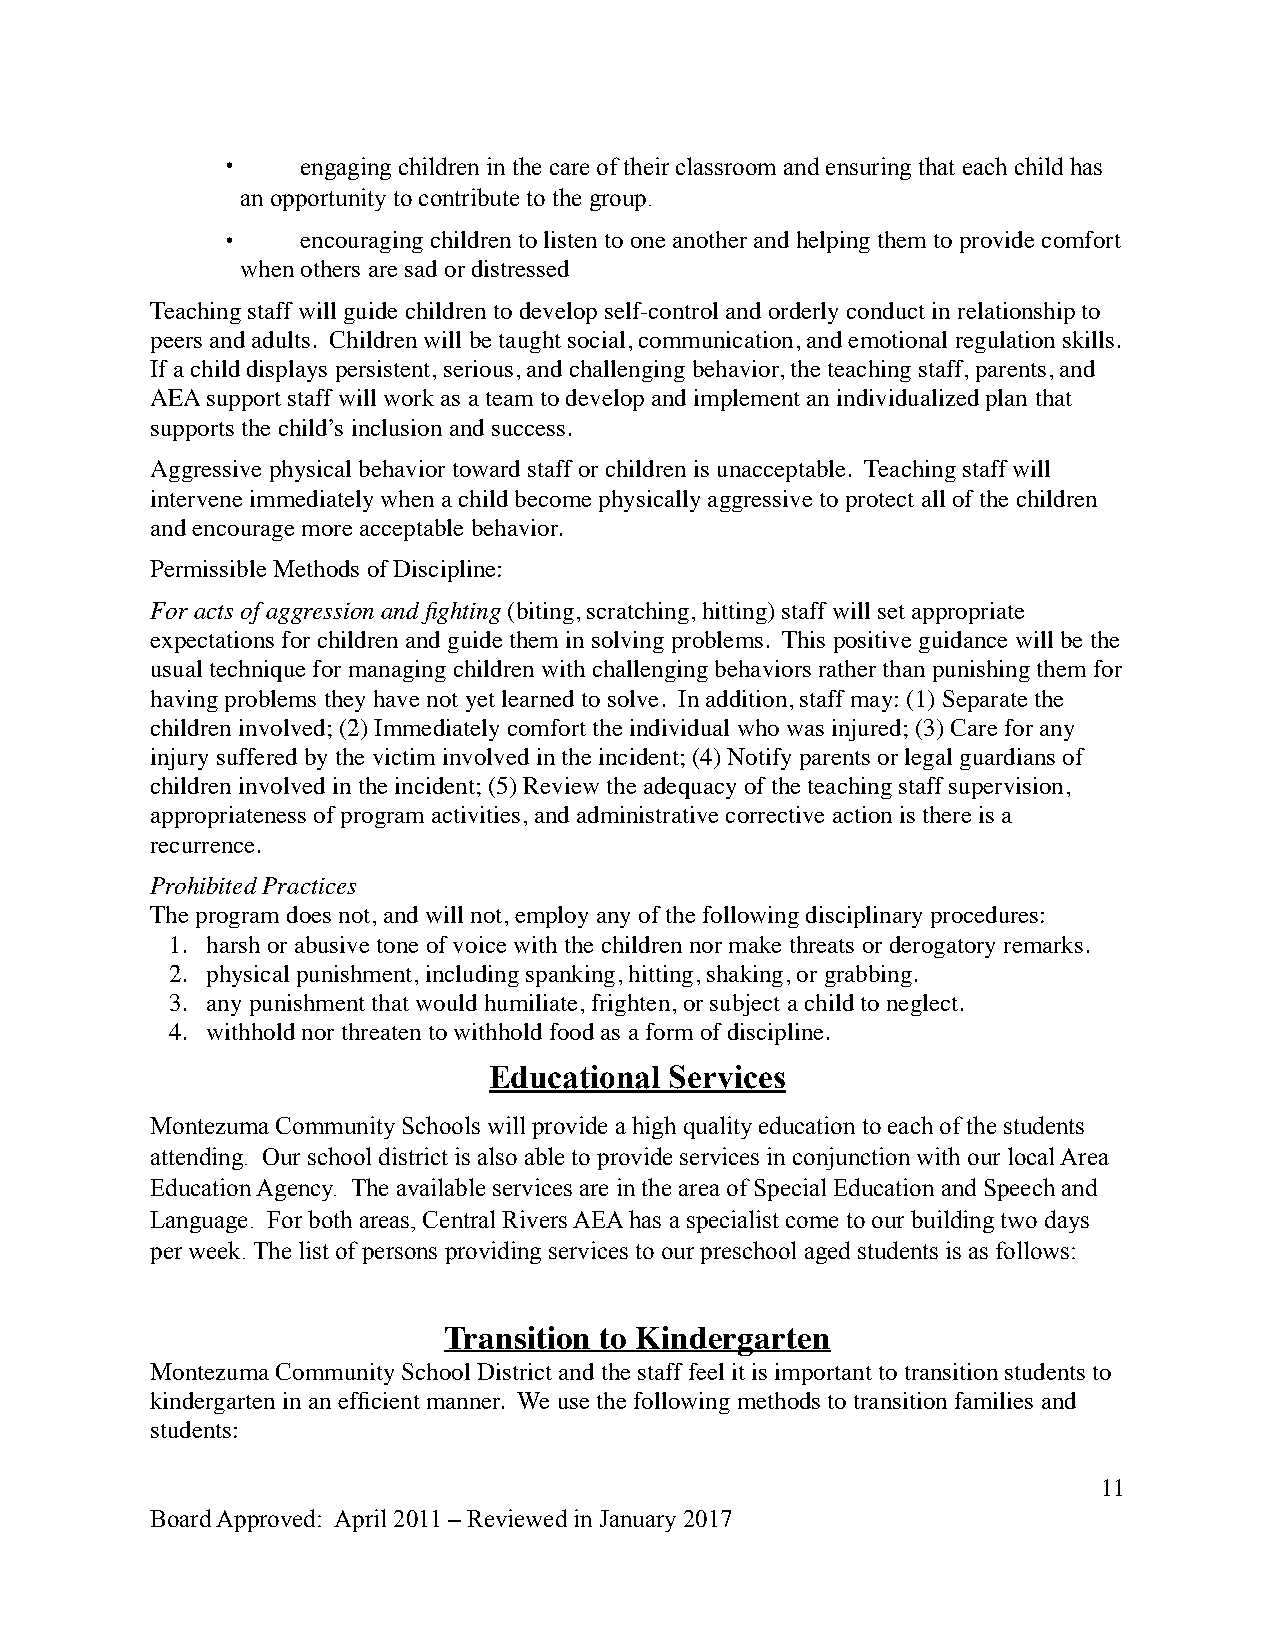
•    engaging children in the care of their classroom and ensuring that each child has
 an opportunity to contribute to the group.
 •    encouraging children to listen to one another and helping them to provide comfort
 when others are sad or distressed
 Teaching staff will guide children to develop self-control and orderly conduct in relationship to
 peers and adults. Children will be taught social, communication, and emotional regulation skills.
 If a child displays persistent, serious, and challenging behavior, the teaching staff, parents, and
 AEA support staff will work as a team to develop and implement an individualized plan that
 supports the child’s inclusion and success.
 Aggressive physical behavior toward staff or children is unacceptable. Teaching staff will
 intervene immediately when a child become physically aggressive to protect all of the children
 and encourage more acceptable behavior.
 Permissible Methods of Discipline:
 For acts of aggression and fighting (biting, scratching, hitting) staff will set appropriate
 expectations for children and guide them in solving problems. This positive guidance will be the
 usual technique for managing children with challenging behaviors rather than punishing them for
 having problems they have not yet learned to solve. In addition, staff may: (1) Separate the
 children involved; (2) Immediately comfort the individual who was injured; (3) Care for any
 injury suffered by the victim involved in the incident; (4) Notify parents or legal guardians of
 children involved in the incident; (5) Review the adequacy of the teaching staff supervision,
 appropriateness of program activities, and administrative corrective action is there is a
 recurrence.
 Prohibited Practices
 The program does not, and will not, employ any of the following disciplinary procedures:
 1. harsh or abusive tone of voice with the children nor make threats or derogatory remarks.
 2. physical punishment, including spanking, hitting, shaking, or grabbing.
 3. any punishment that would humiliate, frighten, or subject a child to neglect.
 4. withhold nor threaten to withhold food as a form of discipline.
 Educational Services
 Montezuma Community Schools will provide a high quality education to each of the students
 attending. Our school district is also able to provide services in conjunction with our local Area
 Education Agency. The available services are in the area of Special Education and Speech and
 Language. For both areas, Central Rivers AEA has a specialist come to our building two days
 per week. The list of persons providing services to our preschool aged students is as follows:
 Transition to Kindergarten
 Montezuma Community School District and the staff feel it is important to transition students to
 kindergarten in an efficient manner. We use the following methods to transition families and
 students:
 11
 Board Approved: April 2011 – Reviewed in January 2017